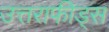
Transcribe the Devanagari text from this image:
उत्तराफीड्स